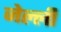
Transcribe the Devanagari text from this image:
जेल्ली